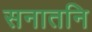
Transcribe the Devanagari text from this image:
सनातनि